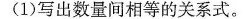
(1)写出数量间相等的关系式。